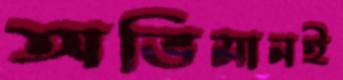
অভিমানই